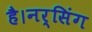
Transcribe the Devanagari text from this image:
है।नर्सिंग